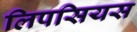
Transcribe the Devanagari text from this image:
लिपसियस